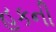
હૂકની